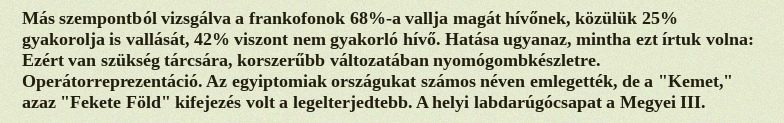
Más szempontból vizsgálva a frankofonok 68%-a vallja magát hívőnek, közülük 25% gyakorolja is vallását, 42% viszont nem gyakorló hívő. Hatása ugyanaz, mintha ezt írtuk volna: Ezért van szükség tárcsára, korszerűbb változatában nyomógombkészletre. Operátorreprezentáció. Az egyiptomiak országukat számos néven emlegették, de a "Kemet," azaz "Fekete Föld" kifejezés volt a legelterjedtebb. A helyi labdarúgócsapat a Megyei III.